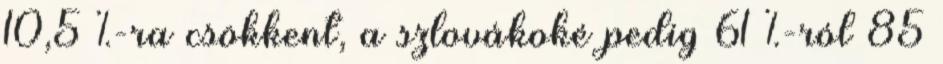
10,5 %-ra csökkent, a szlovákoké pedig 61 %-ról 85